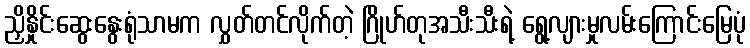
ညှိနှိုင်းဆွေးနွေးရုံသာမက လွှတ်တင်လိုက်တဲ့ ဂြိုဟ်တုအသီးသီးရဲ့ ရွေ့လျားမှုလမ်းကြောင်းမြေပုံ